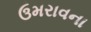
ઉમરાવના